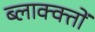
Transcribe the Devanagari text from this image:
ब्लाक्क्तों